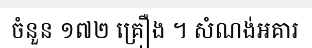
ចំនួន ១៧២ គ្រឿង ។ សំណង់អគារ